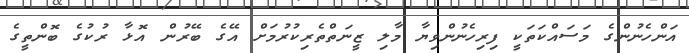
އަންހެނުންގެ މަސައްކަތަކީ ފިރިހެނުންވިޔާ މާލި ޒީނަތްތެރިކުރުމަށް އޭގެ ބޭރުން އޮޅާ ރުކުގެ ބޮންތީގެ